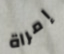
إمراة